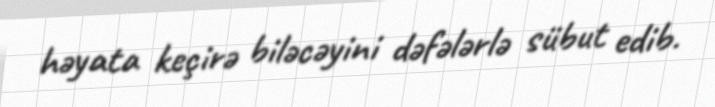
həyata keçirə biləcəyini dəfələrlə sübut edib.